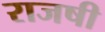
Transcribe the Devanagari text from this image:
राजषी